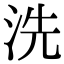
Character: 洗